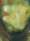
য